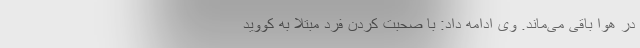
در هوا باقی می‌ماند. وی ادامه داد: با صحبت کردن فرد مبتلا به کووید